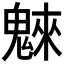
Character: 𩳳